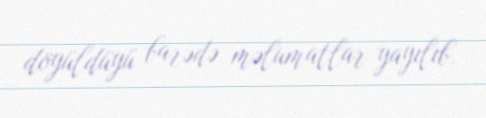
döyüldüyü barədə məlumatlar yayılıb.